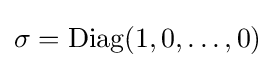
\sigma =\mathrm {Diag} (1,0,\dots ,0)